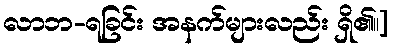
လာဘ-ရခြင်း အနက်များလည်း ရှိ၏။]